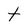
Character: t